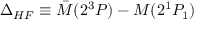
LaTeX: \Delta _ { H F } \equiv { \bar { M } } ( 2 ^ { 3 } P ) - M ( 2 ^ { 1 } P _ { 1 } )